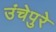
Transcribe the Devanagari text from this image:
उंचेपुरे